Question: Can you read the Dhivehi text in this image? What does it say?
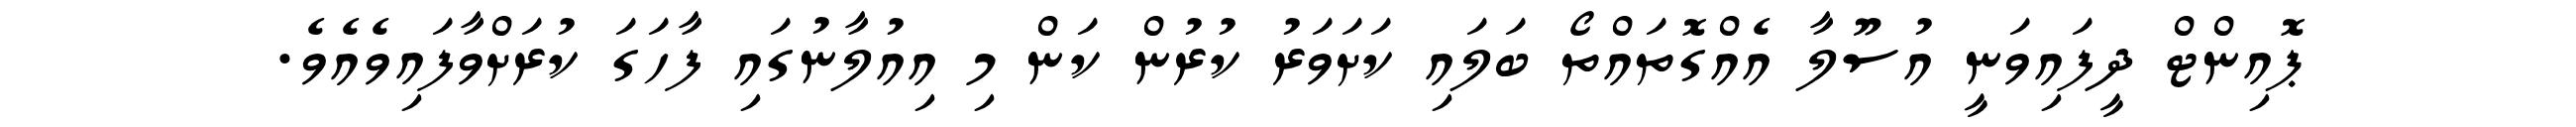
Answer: ޕޮއިންޓް ދީފައިވަނީ އުސޫލާ އެއްގޮތައްތޯ ބަލައި ކަށަވަރު ކުރުން ކަން މި އިއުލާނުގައި ފާހަގަ ކުރަށްވާފައިވެއެވެ.